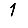
Digit: 1